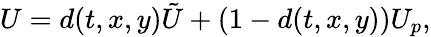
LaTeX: U=d(t,x,y)\tilde{U}+\left(1-d(t,x,y)\right)U_{p},